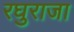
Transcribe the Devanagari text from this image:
रघुराजा